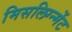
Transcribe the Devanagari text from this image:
मिसलिग्न्मेंट